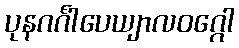
ပုနဂင်္ဂါပေယျာလဝဂ္ဂေါ